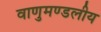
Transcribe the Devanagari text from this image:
वाणुमण्डलीय